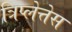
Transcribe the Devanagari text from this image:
त्रिप्लेत्तेस